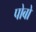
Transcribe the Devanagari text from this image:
पोबो